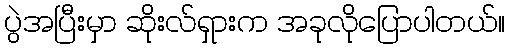
ပွဲအပြီးမှာ ဆိုးလ်ရှားက အခုလိုပြောပါတယ်။